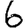
Digit: 6